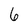
Character: 6